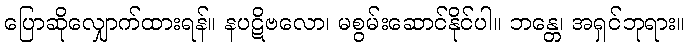
ပြောဆိုလျှောက်ထားရန်။ နပဋိဗလော၊ မစွမ်းဆောင်နိုင်ပါ။ ဘန္တေ၊ အရှင်ဘုရား။